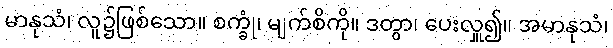
မာနုသံ၊ လူ၌ဖြစ်သော။ စက္ခုံ၊ မျက်စိကို။ ဒတွာ၊ ပေးလှူ၍။ အမာနုသံ၊